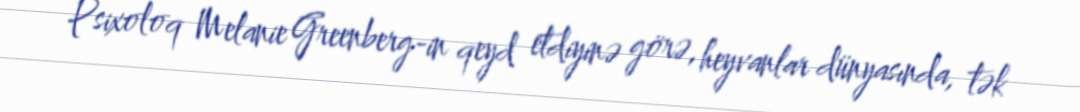
Psixoloq Melanie Greenberg-in qeyd etdiyinə görə, heyvanlar dünyasında, tək